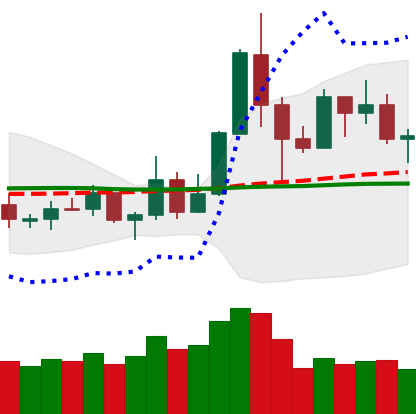
Ticker: TRX-USD
Chart end date: 2019-05-23
Forward return: 26.689%
Label: up_7plus